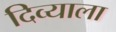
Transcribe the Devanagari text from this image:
दिव्याला